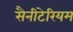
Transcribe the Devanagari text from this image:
सैनीटेरियम